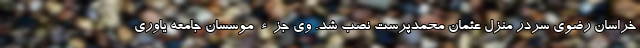
خراسان رضوی سردر منزل عثمان محمدپرست نصب شد. وی جزء موسسان جامعه یاوری